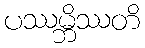
ပဿမ္ဘိဿတိ